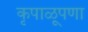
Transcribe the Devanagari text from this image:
कृपाळूपणा